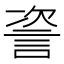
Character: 𬢤